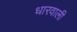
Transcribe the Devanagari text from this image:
धारवाली